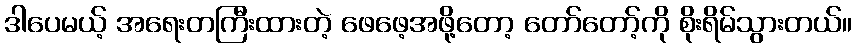
ဒါပေမယ့် အရေးတကြီးထားတဲ့ ဖေဖေ့အဖို့တော့ တော်တော့်ကို စိုးရိမ်သွားတယ်။